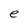
Character: e